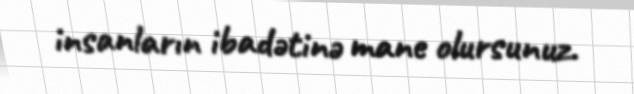
insanların ibadətinə mane olursunuz.